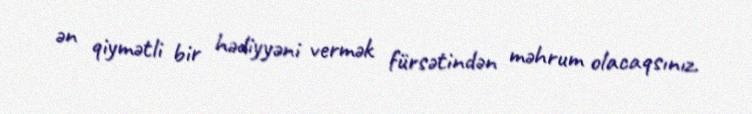
ən qiymətli bir hədiyyəni vermək fürsətindən məhrum olacaqsınız.